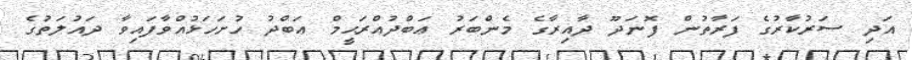
އަދި ސަރުކާރުގެ ފަރާތުން ފޮނަދޫ ދާއިރާގެ މެންބަރު ޢަބްދުއްރަޙީމް ޢަބްދު ހުށަހަޅުއްވާފައިވާ ދައުލަތުގެ